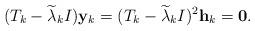
LaTeX: \begin{align*}(T_k-\widetilde{\lambda}_kI){\bf y}_k=(T_k-\widetilde{\lambda}_kI)^2{\bf h}_k={\bf 0}.\end{align*}